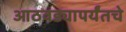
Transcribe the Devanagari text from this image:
आठवड्यापर्यंतचे